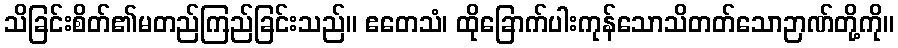
သိခြင်းစိတ်၏မတည်ကြည်ခြင်းသည်။ ဧတေသံ၊ ထိုခြောက်ပါးကုန်သောသိတတ်သောဉာဏ်တို့ကို။